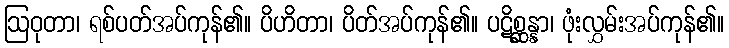
ဩဝုတာ၊ ရစ်ပတ်အပ်ကုန်၏။ ပိဟိတာ၊ ပိတ်အပ်ကုန်၏။ ပဋိစ္ဆန္နာ၊ ဖုံးလွှမ်းအပ်ကုန်၏။